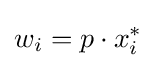
w_{i}=p\cdot x_{i}^{*}